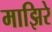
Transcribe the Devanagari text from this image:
माझिरे